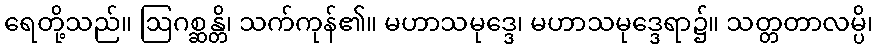
ရေတို့သည်။ ဩဂစ္ဆန္တိ၊ သက်ကုန်၏။ မဟာသမုဒ္ဒေ၊ မဟာသမုဒ္ဒေရာ၌။ သတ္တတာလမ္ပိ၊